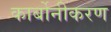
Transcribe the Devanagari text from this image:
कार्बोनीकरण